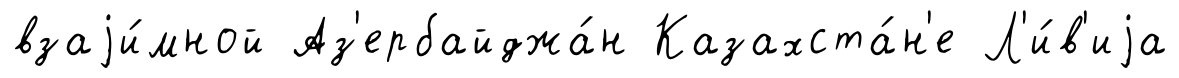
взаjи́мной Аз'ербайджа́н Казахста́н'е Л'и́в'иjа